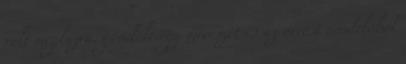
volt megbízva, gondolt egy merészet és az orvosi rendelőből